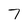
Character: 7